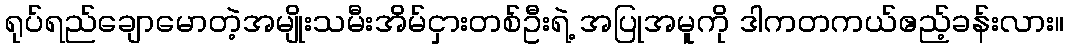
ရုပ်ရည်ချောမောတဲ့အမျိုးသမီးအိမ်ငှားတစ်ဦးရဲ့ အပြုအမူကို ဒါကတကယ်ဧည့်ခန်းလား။